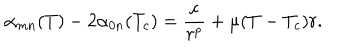
\alpha _ { m n } ( T ) - 2 \alpha _ { 0 n } ( T _ { c } ) = \frac { c } { r ^ { p } } + \mu ( T - T _ { c } ) r .